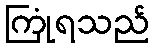
ကြုံရသည်